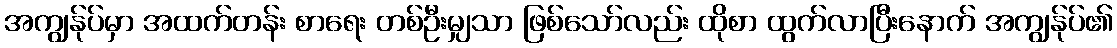
အကျွန်ုပ်မှာ အထက်တန်း စာရေး တစ်ဦးမျှသာ ဖြစ်သော်လည်း ထိုစာ ထွက်လာပြီးနောက် အကျွန်ုပ်၏